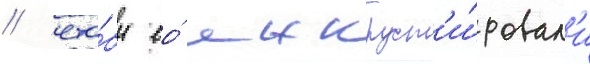
/ что́бы ео́ инкруст'и́ровал'и